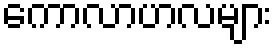
ကောလာဟလများ